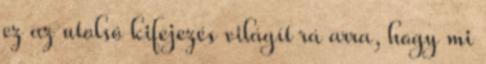
ez az utolsó kifejezés világít rá arra, hogy mi